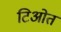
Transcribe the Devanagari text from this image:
टिओत